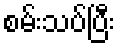
စမ်းသပ်ပြီး